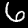
Label: 6